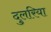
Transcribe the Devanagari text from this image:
दुलरिया